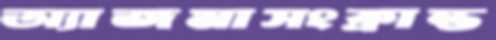
অ্যাজমাসংক্রান্ত